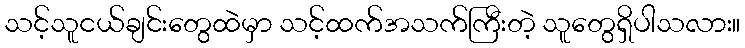
သင့်သူငယ်ချင်းတွေထဲမှာ သင့်ထက်အသက်ကြီးတဲ့ သူတွေရှိပါသလား။